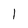
Character: 1